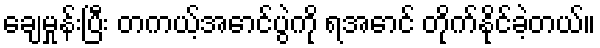
ချေမှုန်းပြီး တကယ့်အောင်ပွဲကို ရအောင် တိုက်နိုင်ခဲ့တယ်။